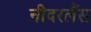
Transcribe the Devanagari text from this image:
नीदरलैंस